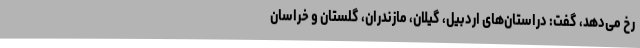
رخ می‌دهد، گفت: دراستان‌های اردبیل، گیلان، مازندران، گلستان و خراسان